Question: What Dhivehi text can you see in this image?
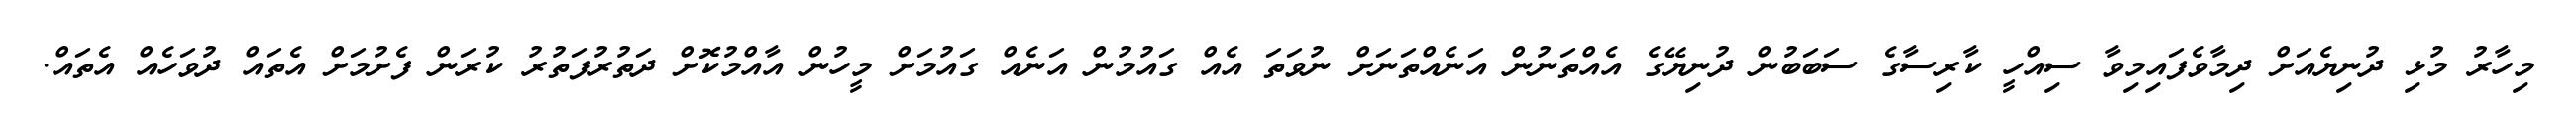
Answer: މިހާރު މުޅި ދުނިޔެއަށް ދިމާވެފައިމިވާ ސިއްހީ ކާރިސާގެ ސަބަބުން ދުނިޔޭގެ އެއްތަނުން އަނެއްތަނަށް ނުވަތަ އެއް ގައުމުން އަނެއް ގައުމަށް މީހުން އާއްމުކޮށް ދަތުރުފަތުރު ކުރަން ފެށުމަށް އެތައް ދުވަހެއް އެތައް.